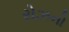
રોઝનો